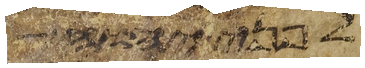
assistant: לפני יהוה